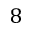
8